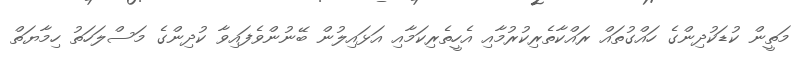
މަތީން ކުޑަކުދިންގެ ހައްގުތައް ރައްކާތެރިކުރުމާއި އެހީތެރިކަމާއި އަޅައިލުން ބޭނުންވެފައިވާ ކުދިންގެ މަސްލަހަތު ހިމާޔަތް